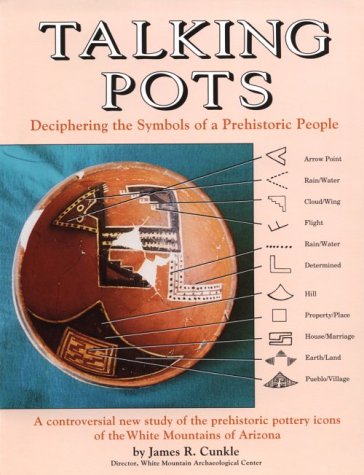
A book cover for Talking Pots: Deciphering the Symbols of a Prehistoric People : A Study of the Prehistoric Pottery Icons of the White Mountains of Arizona; James R. Cunkle; Crafts, Hobbies & Home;